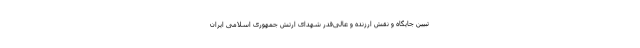
تبیین جایگاه و نقش ارزنده و عالی‌قدر شهدای ارتش جمهوری اسلامی ایران